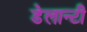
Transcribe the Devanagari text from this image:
डेलान्टी